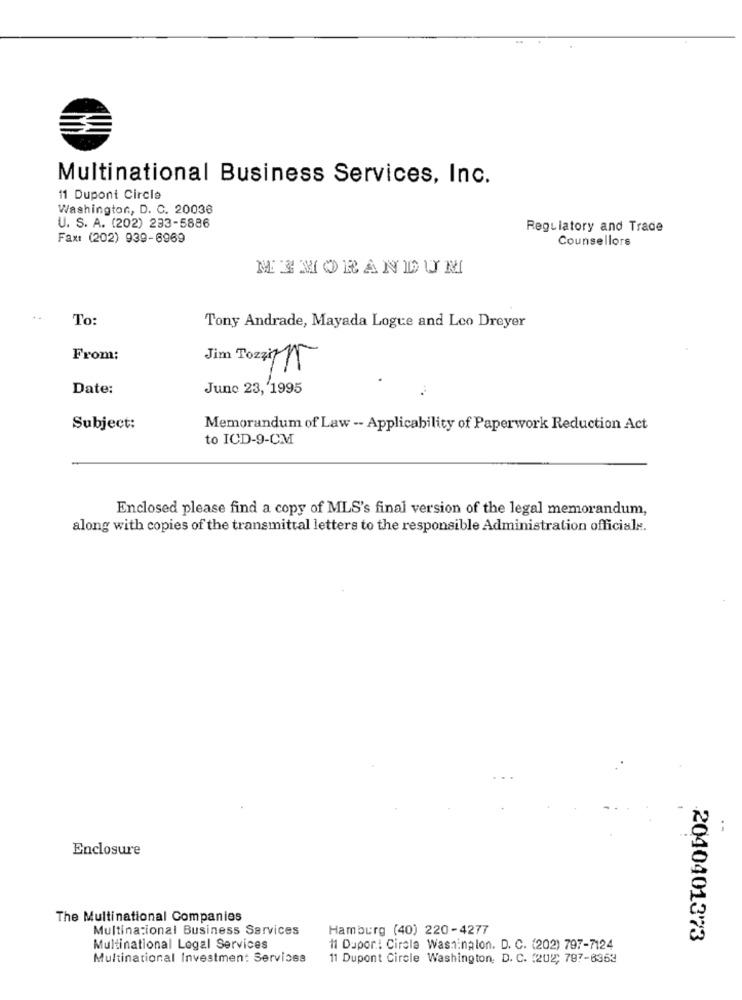
Multinational Business Services, Inc.
11 Dupont Circle
Washington, D. C. 20036
U. S. A. (202) 233-5886
Regulatory and Trade
Fax: (202) 939-6969
Counsellors
MEMORANDUM
To:
Tony Andrade, Mayada Logue and Loo Dreyer
From:
Jim Tozzi
Date:
June 23, 1995
Subject:
Memorandum of Law -- Applicability of Paperwork Reduction Act
to ICD-9-CM
Enclosed please find a copy of MLS's final version of the legal memorandum,
along with copies of the transmittal letters to the responsible Administration officials.
Enclosure
The Multinational Companies
Multinacional Business Services
Hamburg (40) 220-4277
2040401373
Multinational Legal Services
11 Dupor: Circle Washinalon. D. C. (202) 797-7124
Multinational Investment Services
11 Dupont Circle Washington, D. C. (202, 787-6363